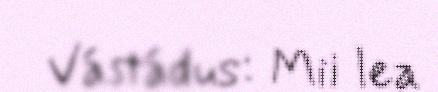
Vástádus: Mii lea